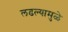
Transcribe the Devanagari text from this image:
लढल्यामुळे